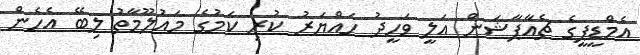
އެމްޑީޕީގެ ޗެއާޕާޝަން އަލީ ވަހީދު ހައްޔަރު ކުރި ކަމުގެ މައުލޫމާތު ލިބޭ އެހެން